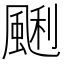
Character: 䬆